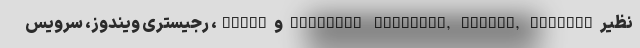
نظیر Internet Explorer, Chrome, Firefox و Opera، رجیستری ویندوز، سرویس